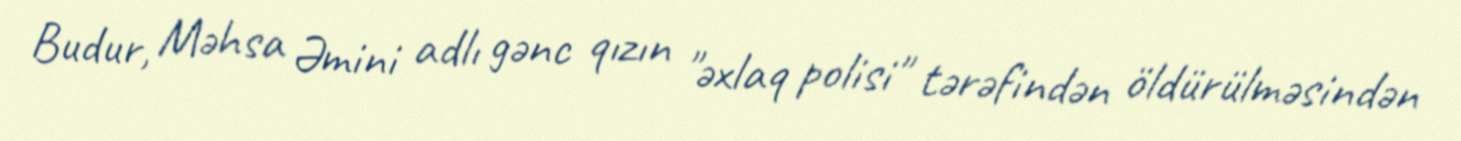
Budur, Məhsa Əmini adlı gənc qızın "əxlaq polisi" tərəfindən öldürülməsindən